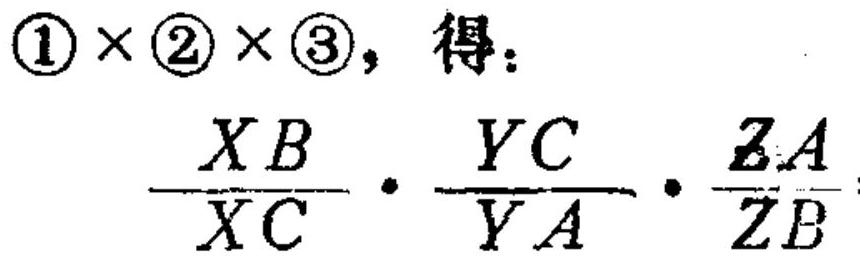
\(\textcircled{1}\times\textcircled{2}\times\textcircled{3}\)，得：
\(\frac{XB}{XC}\cdot\frac{YC}{YA}\cdot\frac{ZA}{ZB}\)